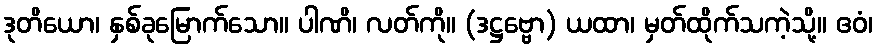
ဒုတိယော၊ နှစ်ခုမြောက်သော။ ပါဏိ၊ လတ်ကို။ (ဒဋ္ဌဗ္ဗော) ယထာ၊ မှတ်ထိုက်သကဲ့သို့။ ဧဝံ၊